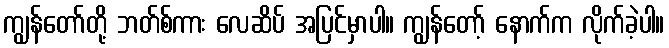
ကျွန်တော်တို့ ဘတ်စ်ကား လေဆိပ် အပြင်မှာပါ။ ကျွန်တော့် နောက်က လိုက်ခဲ့ပါ။